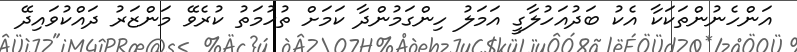
އަންހެނުންތަކަކާ އެކު ބަދުއަހުލާގީ އަމަލު ހިންގަމުންދާ ކަމަށް ތުހުމަތު ކުރެވޭ މަންޒަރު ދައްކުވައިދޭ